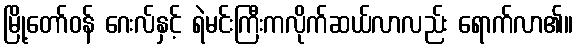
မြို့တော်ဝန် ဂေးလ်နှင့် ရဲမင်းကြီးကလိုက်ဆယ်လာလည်း ရောက်လာ၏။